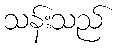
သန်းသည်